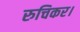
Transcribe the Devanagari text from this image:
रुचिकर।